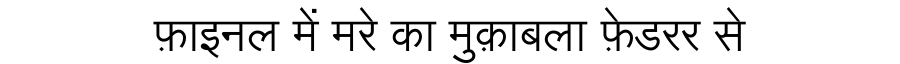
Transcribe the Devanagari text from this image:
फ़ाइनल में मरे का मुक़ाबला फ़ेडरर से